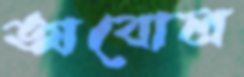
অবোল